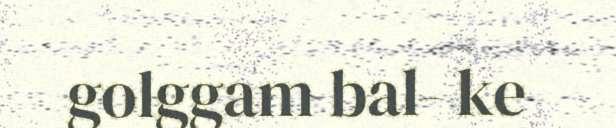
golggam bal- ke